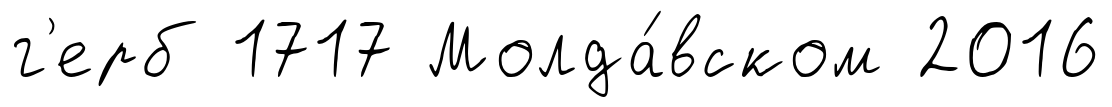
г'ерб 1717 Молда́вском 2016